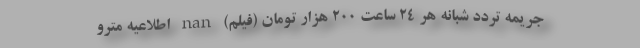
جریمه تردد شبانه هر ۲۴ ساعت ۲۰۰ هزار تومان (فیلم) nan اطلاعیه مترو